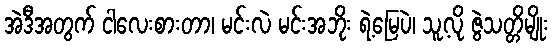
အဲဒီအတွက် ငါလေးစားတာ၊ မင်းလဲ မင်းအဘိုး ရဲ့မြေပဲ၊ သူ့လို ဇွဲသတ္တိမျိုး